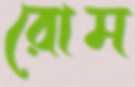
রোম